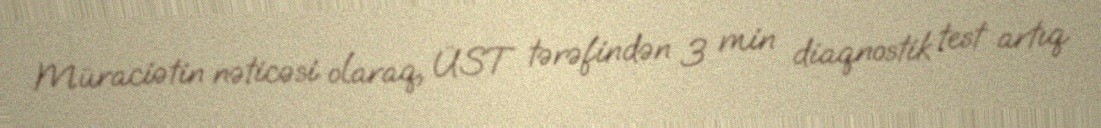
Müraciətin nəticəsi olaraq, ÜST tərəfindən 3 min diaqnostik test artıq